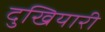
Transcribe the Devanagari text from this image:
दुखियारी